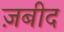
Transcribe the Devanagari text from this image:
ज़बीद